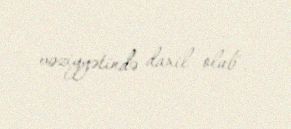
vəziyyətində daxil olub".